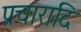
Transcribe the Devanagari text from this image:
प्रचारादि